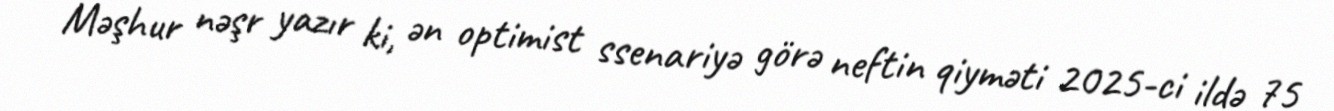
Məşhur nəşr yazır ki, ən optimist ssenariyə görə neftin qiyməti 2025-ci ildə 75